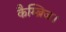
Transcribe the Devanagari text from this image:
कैम्ब्रिज।